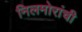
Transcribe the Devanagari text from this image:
निलमोरांची